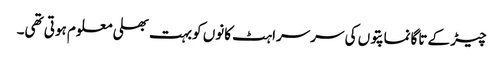
چیڑ کے تاگانماپتوں کی سرسراہٹ کانوں کوبہت بھلی معلوم ہوتی تھی۔